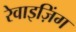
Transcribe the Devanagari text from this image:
रेवाइज़िंग